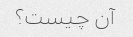
آن چیست؟